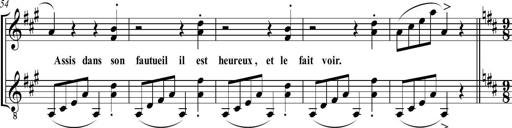
Title: Sonatine bureaucratique
Composer: Erik Satie